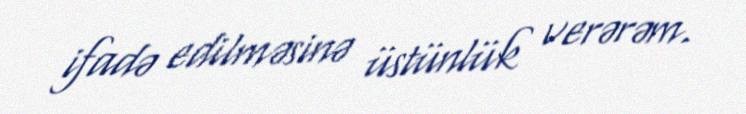
ifadə edilməsinə üstünlük verərəm.